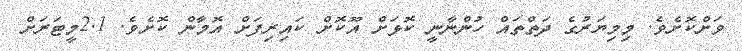
ވަށްކޮށެވެ. މިމިޔަރުގެ ދަތްތައް ހުންނާނީ ކޮޅަށް އޫކޮށް ކައިރިފަށް އޮމާން ކޮށެވެ. 2.1މީޓަރަށް